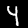
Label: 4